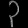
Digit: ၃